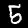
Digit: 5